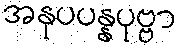
အနုပပန္နပုဗ္ဗာ